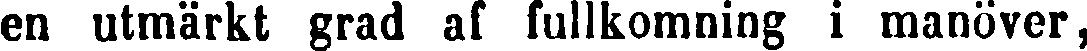
en utmärkt grad af fullkomning i manöver,